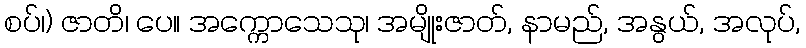
စပ်၊) ဇာတိ၊ ပေ။ အက္ကောသေသု၊ အမျိုးဇာတ်, နာမည်, အနွယ်, အလုပ်,